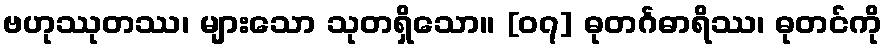
ဗဟုဿုတဿ၊ များသော သုတရှိသော။ [၀၇] ဓုတင်္ဂဓာရိဿ၊ ဓုတင်ကို